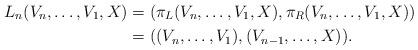
LaTeX: \begin{align*} L_n(V_n, \ldots , V_1, X) &= (\pi_{L}(V_n, \ldots , V_1, X), \pi_{R}(V_n, \ldots , V_1, X))\\ &= ((V_n, \ldots , V_1), (V_{n-1}, \ldots, X)).\end{align*}